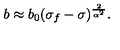
{ b \approx b _ { 0 } ( \sigma _ { f } - \sigma ) ^ { \frac { 2 } { \alpha ^ { 2 } } } . }